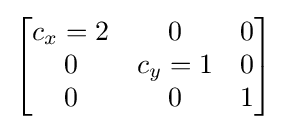
{\begin{bmatrix}c_{x}=2&0&0\\0&c_{y}=1&0\\0&0&1\end{bmatrix}}